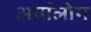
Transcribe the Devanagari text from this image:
अर्यालोग